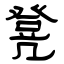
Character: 凳